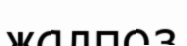
жалпоз